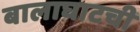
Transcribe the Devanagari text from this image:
बालाघाटची